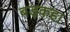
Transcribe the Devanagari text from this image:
बड़कहा